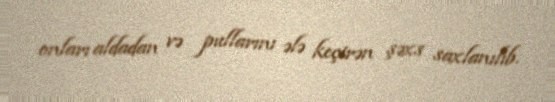
onları aldadan və pullarını ələ keçirən şəxs saxlanılıb.